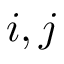
i , j